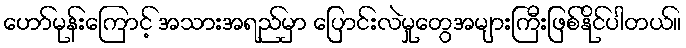
ဟော်မုန်းကြောင့် အသားအရည်မှာ ပြောင်းလဲမှုတွေအများကြီးဖြစ်နိုင်ပါတယ်။